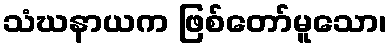
သံဃနာယက ဖြစ်တော်မူသော၊